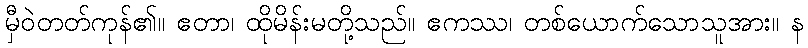
မှီဝဲတတ်ကုန်၏။ ဧတာ၊ ထိုမိန်းမတို့သည်။ ဧကဿ၊ တစ်ယောက်သောသူအား။ န